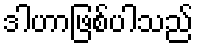
ဒါဟာဖြစ်ပါသည်